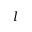
l